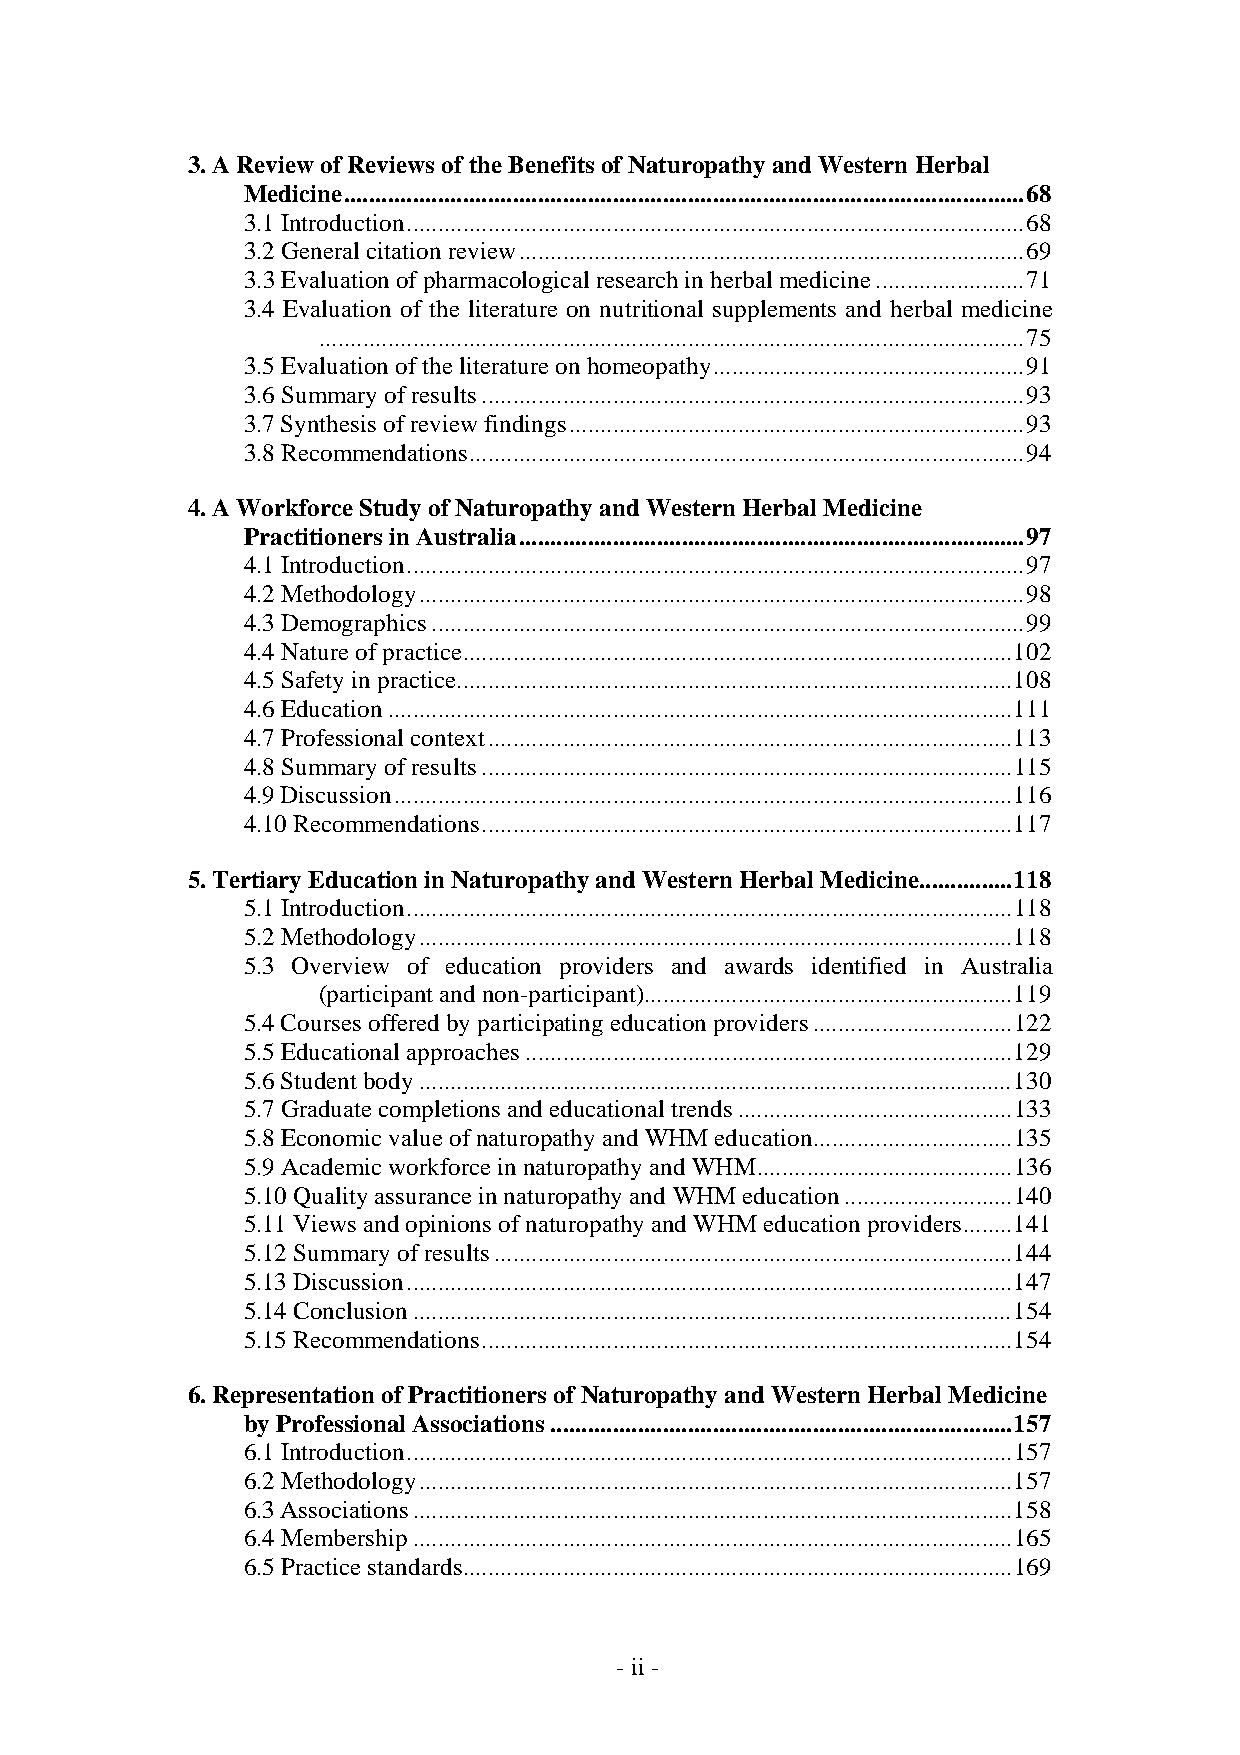
3. A Review of Reviews of the Benefits of Naturopathy and Western Herbal
 Medicine.............................................................................................................68
 3.1 Introduction...................................................................................................68
 3.2 General citation review.................................................................................69
 3.3 Evaluation of pharmacological research in herbal medicine........................71
 3.4 Evaluation of the literature on nutritional supplements and herbal medicine
 .................................................................................................................75
 3.5 Evaluation of the literature on homeopathy..................................................91
 3.6 Summary of results.......................................................................................93
 3.7 Synthesis of review findings.........................................................................93
 3.8 Recommendations.........................................................................................94
 4. A Workforce Study of Naturopathy and Western Herbal Medicine
 Practitioners in Australia.................................................................................97
 4.1 Introduction...................................................................................................97
 4.2 Methodology.................................................................................................98
 4.3 Demographics...............................................................................................99
 4.4 Nature of practice........................................................................................102
 4.5 Safety in practice.........................................................................................108
 4.6 Education....................................................................................................111
 4.7 Professional context....................................................................................113
 4.8 Summary of results.....................................................................................115
 4.9 Discussion...................................................................................................116
 4.10 Recommendations.....................................................................................117
 5. Tertiary Education in Naturopathy and Western Herbal Medicine...............118
 5.1 Introduction.................................................................................................118
 5.2 Methodology...............................................................................................118
 5.3 Overview of education providers and awards identified in Australia
 (participant and non-participant)...........................................................119
 5.4 Courses offered by participating education providers................................122
 5.5 Educational approaches..............................................................................129
 5.6 Student body...............................................................................................130
 5.7 Graduate completions and educational trends............................................133
 5.8 Economic value of naturopathy and WHM education................................135
 5.9 Academic workforce in naturopathy and WHM.........................................136
 5.10 Quality assurance in naturopathy and WHM education...........................140
 5.11 Views and opinions of naturopathy and WHM education providers........141
 5.12 Summary of results...................................................................................144
 5.13 Discussion.................................................................................................147
 5.14 Conclusion................................................................................................154
 5.15 Recommendations.....................................................................................154
 6. Representation of Practitioners of Naturopathy and Western Herbal Medicine
 by Professional Associations..........................................................................157
 6.1 Introduction.................................................................................................157
 6.2 Methodology...............................................................................................157
 6.3 Associations................................................................................................158
 6.4 Membership................................................................................................165
 6.5 Practice standards........................................................................................169
 - ii -